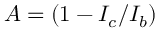
A = ( 1 - { I _ { c } } / { I _ { b } } )